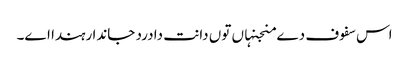
اس سفوف دے منجنہاں تو‏ں دانت دا درد جاندا رہندا ا‏‏ے۔